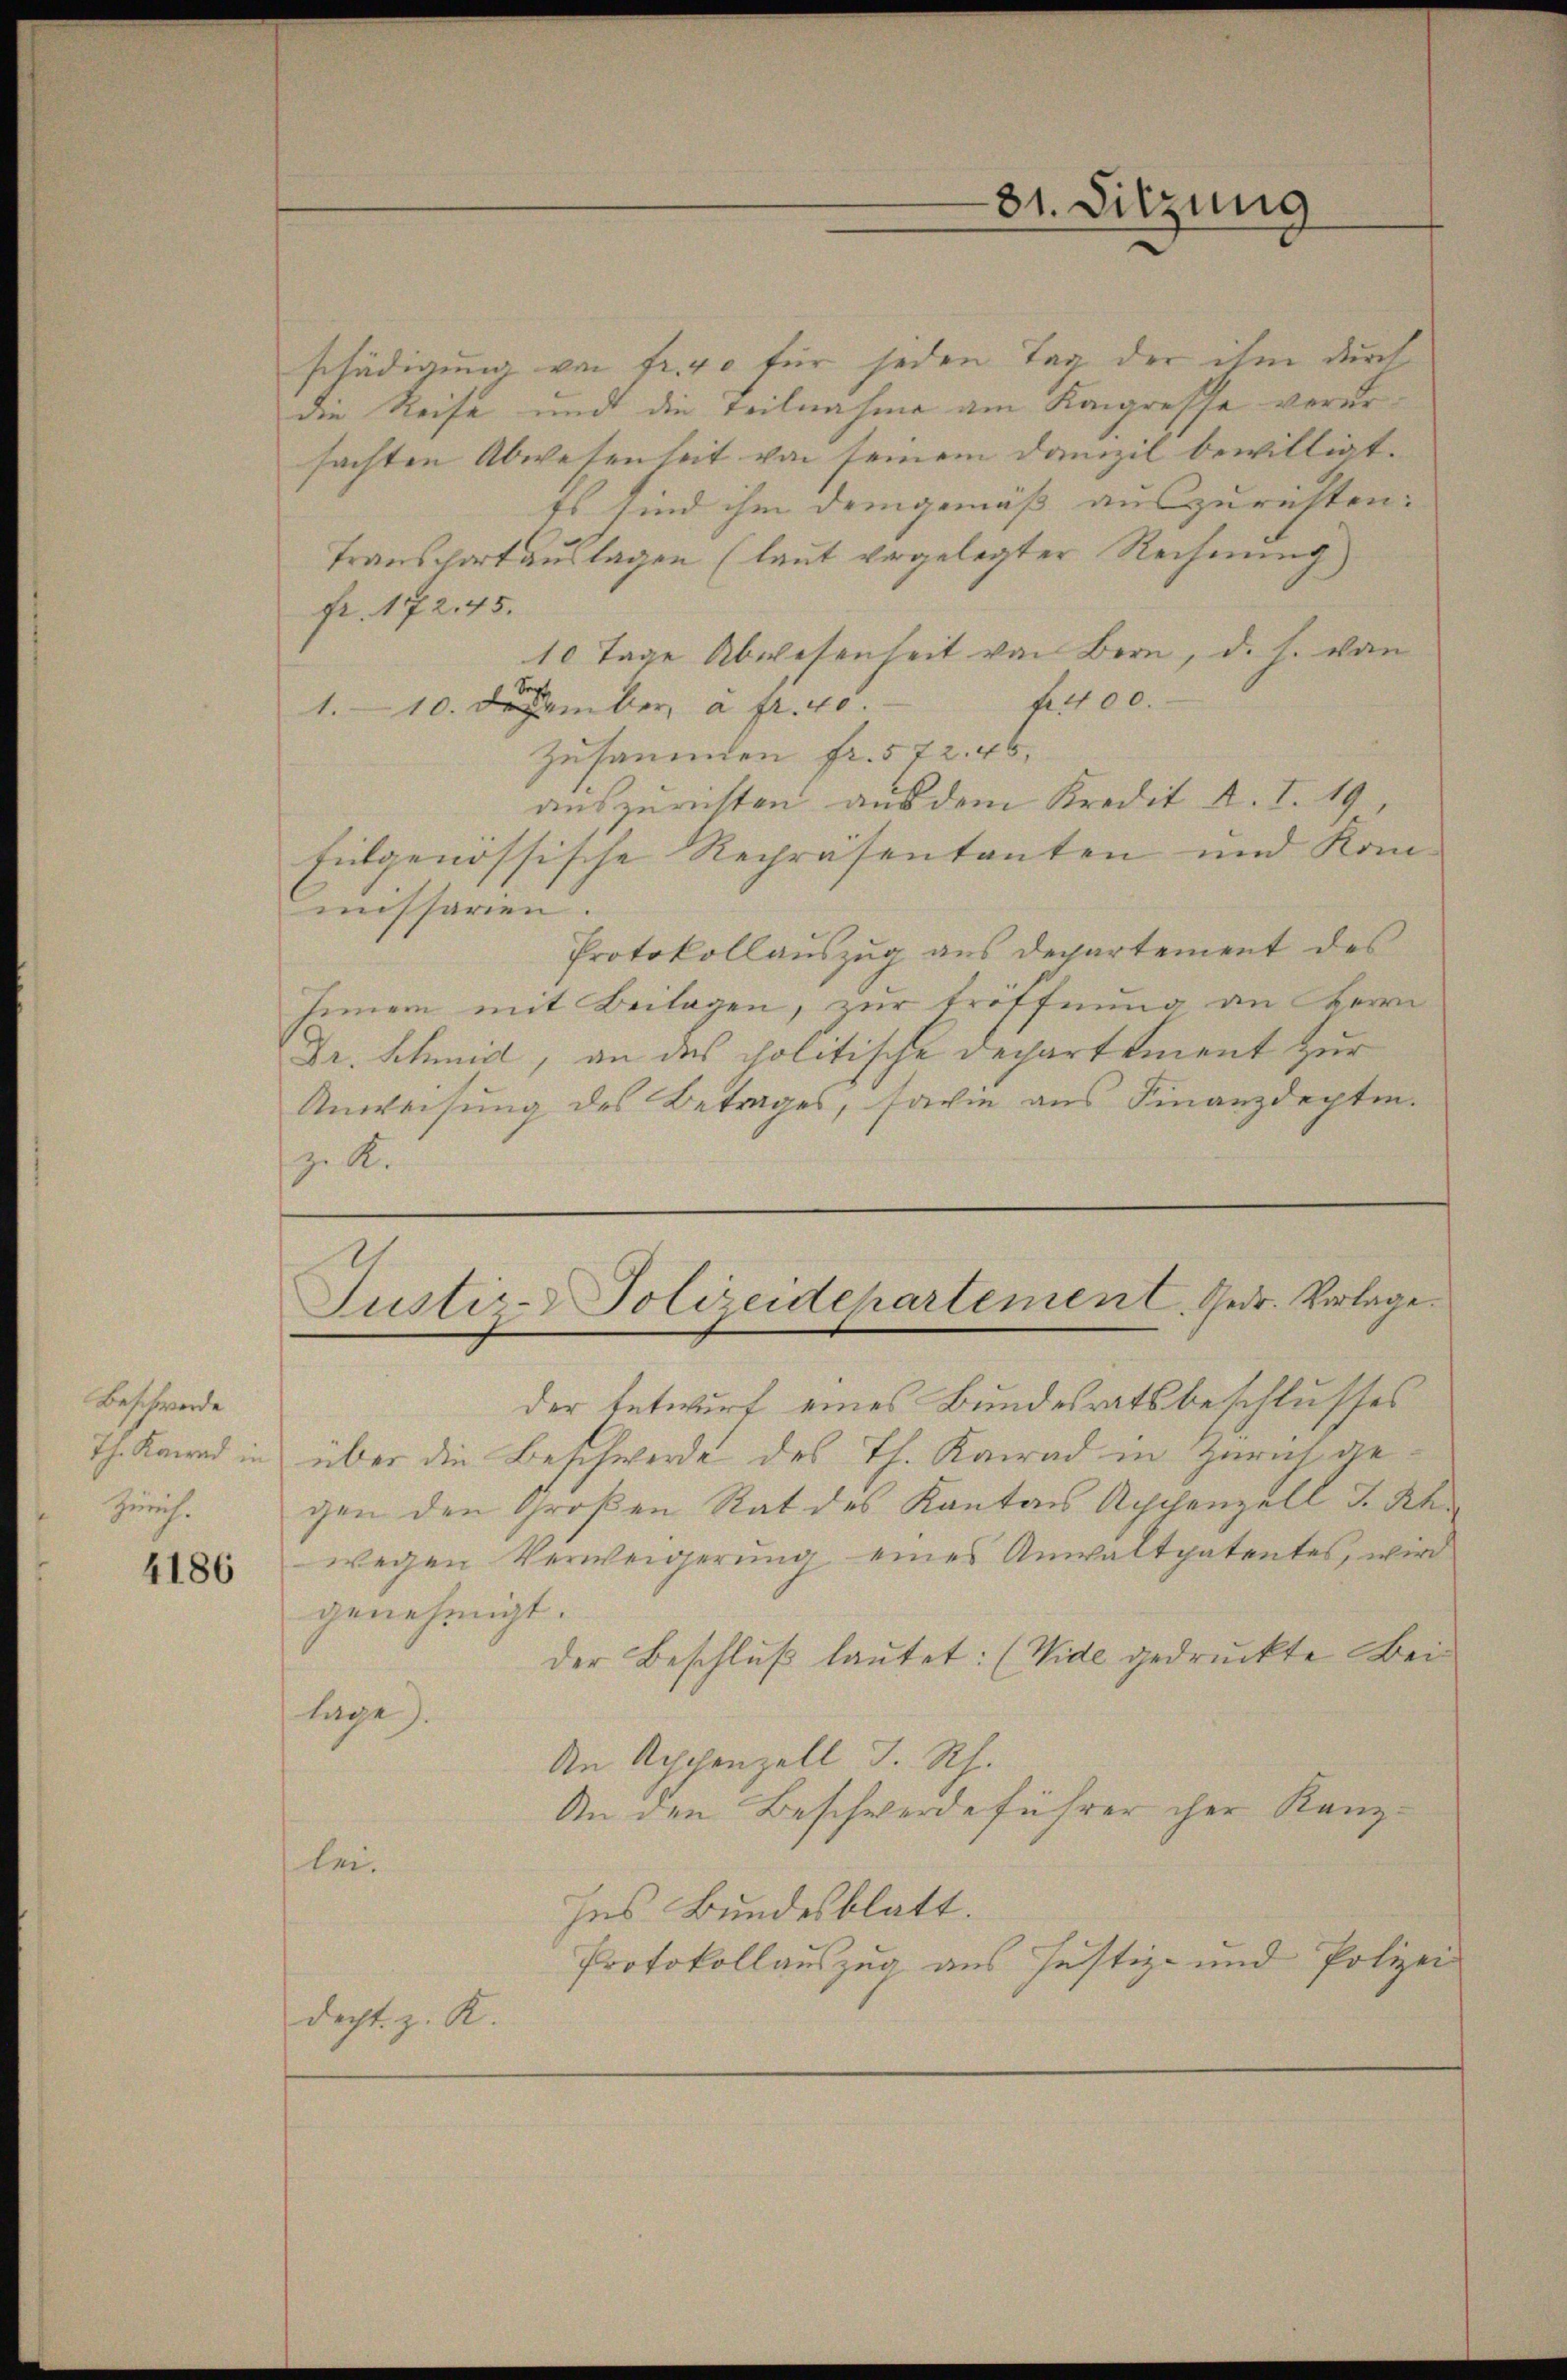
Beschwerde
Th. Konrad in
Zürich.

4186

schädigung von fr. 40 für jeden Tag der ihm durch
die Reise und die Teilnahme am Kongresse verursachten Abwesenheit von seinem Danzil bewilligt.
Es sind ihm demgemäß auszurichten:
Transchart auslagen (laut vorgelegter Rechnung
fr. 17245.
10 Tage Abwesenheit von Bern, d. h. von
fe100.
1.10. Dezember à fr. 40.
Zusammen fr. 572. 45,
auszurichten aus dem Kredit R. I. 19
Eidgenössische Repräsentanten und Kommissaren.
Protokollauszug aus Departement des
Jeinem mit Beilagen, zur Eröffnung an Herrn
Dr. Schmid, an des politische Dechartement zur
Anweisung des Betrages, sowie aus Finanzdepten.
z. R.

31. Sitzung

Justiz- Polizeidepartement. Gedr. Vorlage.

der Entwurf eines Bundesratsbeschlusses
über die Beschwerde des Th. Konrad in Zürich de
gen den Großen Rat des Kanton Appenzell I.Rh.
wegen Verweigerung eines Anwaltpatentes, wird
genehmigt.
der Beschluß lautet: (Wide gedruckte Beilage).
An Aeschenzell I. Rh.
An den Beschwerdeführer cher Kanzbei.
Ins Bundesblatt.
Protokollauszug aus Justiz- und Polizei
decht. z. K.